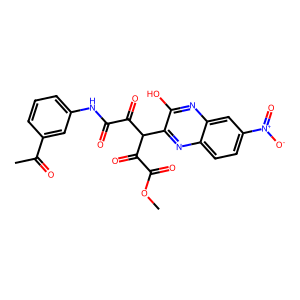
SMILES: COC(=O)C(=O)C(C(=O)C(=O)Nc1cccc(C(C)=O)c1)c1nc2ccc([N+](=O)[O-])cc2nc1O
Inhibits HIV replication: No